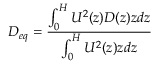
D _ { e q } = \frac { \int _ { 0 } ^ { H } U ^ { 2 } ( z ) D ( z ) z d z } { \int _ { 0 } ^ { H } U ^ { 2 } ( z ) z d z }